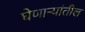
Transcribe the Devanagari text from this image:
घेणार्‍यांतील